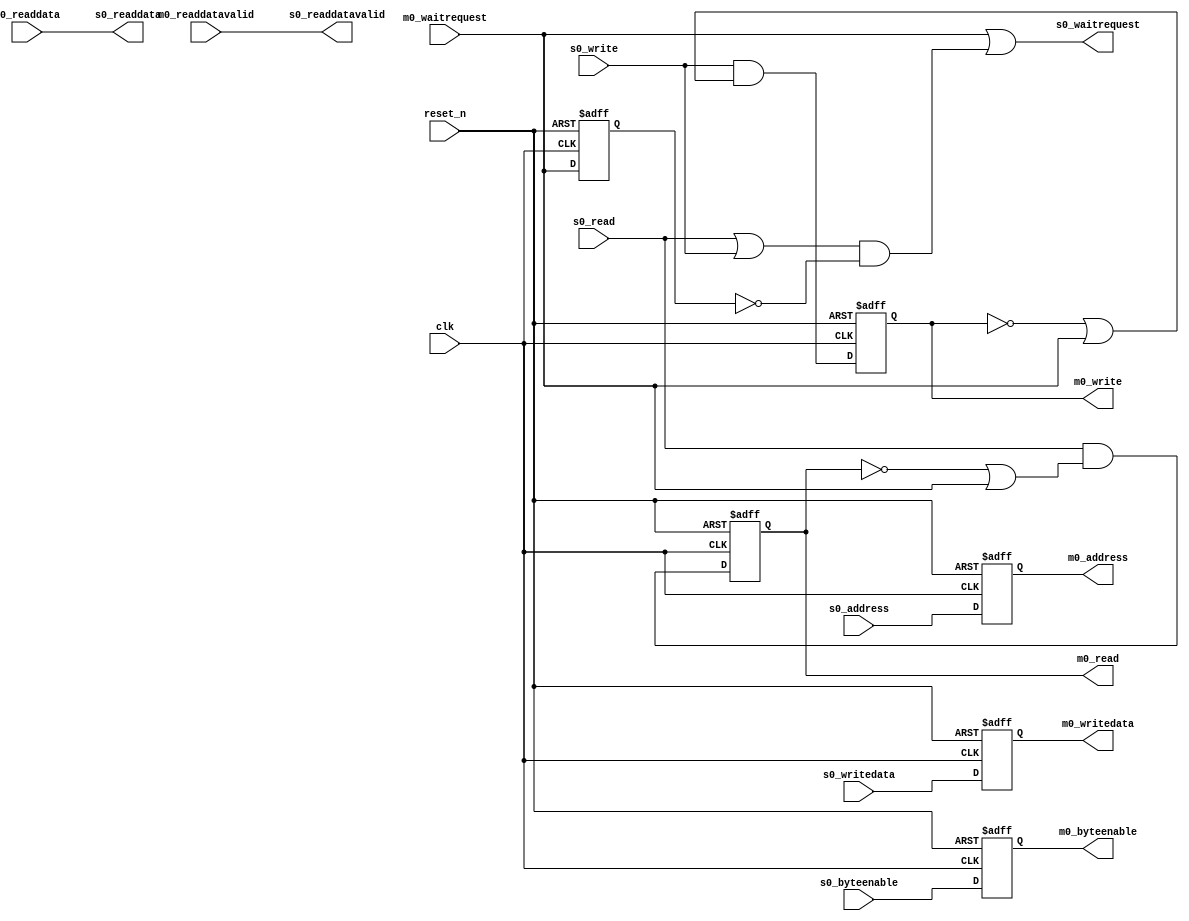
module seq_altera_mem_if_simple_avalon_mm_bridge (
	clk,
	reset_n,
	s0_address,
	s0_read,
	s0_readdata,
	s0_write,
	s0_writedata,
	s0_waitrequest,
	s0_byteenable,
	s0_readdatavalid,
	m0_address,
	m0_read,
	m0_readdata,
	m0_write,
	m0_writedata,
	m0_waitrequest,
	m0_byteenable,
	m0_readdatavalid
);

    parameter DATA_WIDTH    = 32;
    parameter SYMBOL_WIDTH  = 8;
	parameter ADDRESS_WIDTH = 10;

    localparam BYTEEN_WIDTH = DATA_WIDTH / SYMBOL_WIDTH;

	input clk;
	input reset_n;

	input  [ADDRESS_WIDTH-1:0]  s0_address;
	input                       s0_read;
	output [DATA_WIDTH-1:0]     s0_readdata;
	input                       s0_write;
	input  [DATA_WIDTH-1:0]     s0_writedata;
	output                      s0_waitrequest;
	input  [BYTEEN_WIDTH-1:0]   s0_byteenable;
	output                      s0_readdatavalid;

	output [ADDRESS_WIDTH-1:0]  m0_address;
	output                      m0_read;
	input  [DATA_WIDTH-1:0]     m0_readdata;
	output                      m0_write;
	output [DATA_WIDTH-1:0]     m0_writedata;
	input                       m0_waitrequest;
	output [BYTEEN_WIDTH-1:0]   m0_byteenable;
	input                       m0_readdatavalid;

	reg  [ADDRESS_WIDTH-1:0]    s0_address_r;
	reg                         s0_read_r;
	reg                         s0_write_r;
	reg  [DATA_WIDTH-1:0]       s0_writedata_r;
	reg  [BYTEEN_WIDTH-1:0]     s0_byteenable_r;

	reg                         m0_waitrequest_r;

	always @(posedge clk or negedge reset_n)
	begin
		if (~reset_n) begin
			s0_address_r <= 0;
			s0_read_r <= 0;
			s0_write_r <= 0;
			s0_writedata_r <= 0;
			s0_byteenable_r <= 0;
			
			m0_waitrequest_r <= 0;
		end
		else begin
			s0_address_r <= s0_address;

			s0_read_r <= s0_read & (~s0_read_r | m0_waitrequest);
			s0_write_r <= s0_write & (~s0_write_r | m0_waitrequest);

			s0_writedata_r <= s0_writedata;
			s0_byteenable_r <= s0_byteenable;
			
			m0_waitrequest_r <= m0_waitrequest;
		end
	end

	assign m0_address = s0_address_r;
	assign m0_read = s0_read_r;
	assign m0_write = s0_write_r;
	assign m0_writedata = s0_writedata_r;
	assign m0_byteenable = s0_byteenable_r;



	assign s0_waitrequest = m0_waitrequest | ((s0_read | s0_write) & ~m0_waitrequest_r);
	assign s0_readdata = m0_readdata;
	assign s0_readdatavalid = m0_readdatavalid;
endmodule